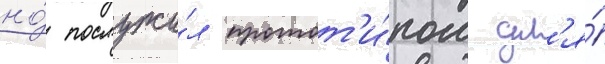
но́ послужи́л протот'и́пом дл'я́